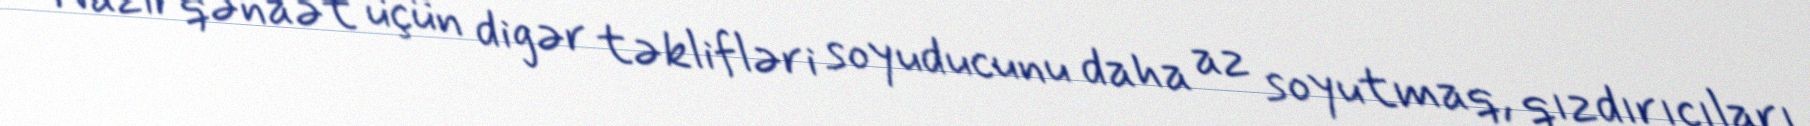
Nazir qənaət üçün digər təklifləri soyuducunu daha az soyutmaq, qızdırıcıları